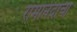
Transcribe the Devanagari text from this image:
रामानंदाचा